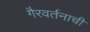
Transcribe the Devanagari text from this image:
गैरवर्तनाची